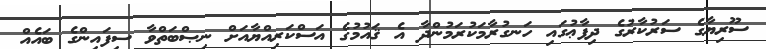
ސޫރިޔާގެ ސަރުކާރުގެ ދިފާޢުގައި ހަނގުރާމަކުރަމުންދާ އެ ޤައުމުގެ އަސްކަރިއްޔާއަށް ނިޞްބަތްވާ ސިފައިންގެ ބައެއް